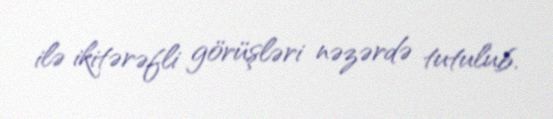
ilə ikitərəfli görüşləri nəzərdə tutulub.